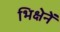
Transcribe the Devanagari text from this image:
भिक्षेनें